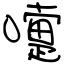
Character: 嚏